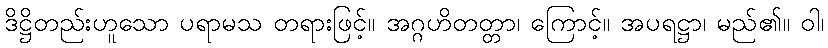
ဒိဋ္ဌိတည်းဟူသော ပရာမသ တရားဖြင့်။ အဂ္ဂဟိတတ္တာ၊ ကြောင့်။ အပရဋ္ဌာ၊ မည်၏။ ဝါ၊